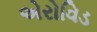
એરોવિડ